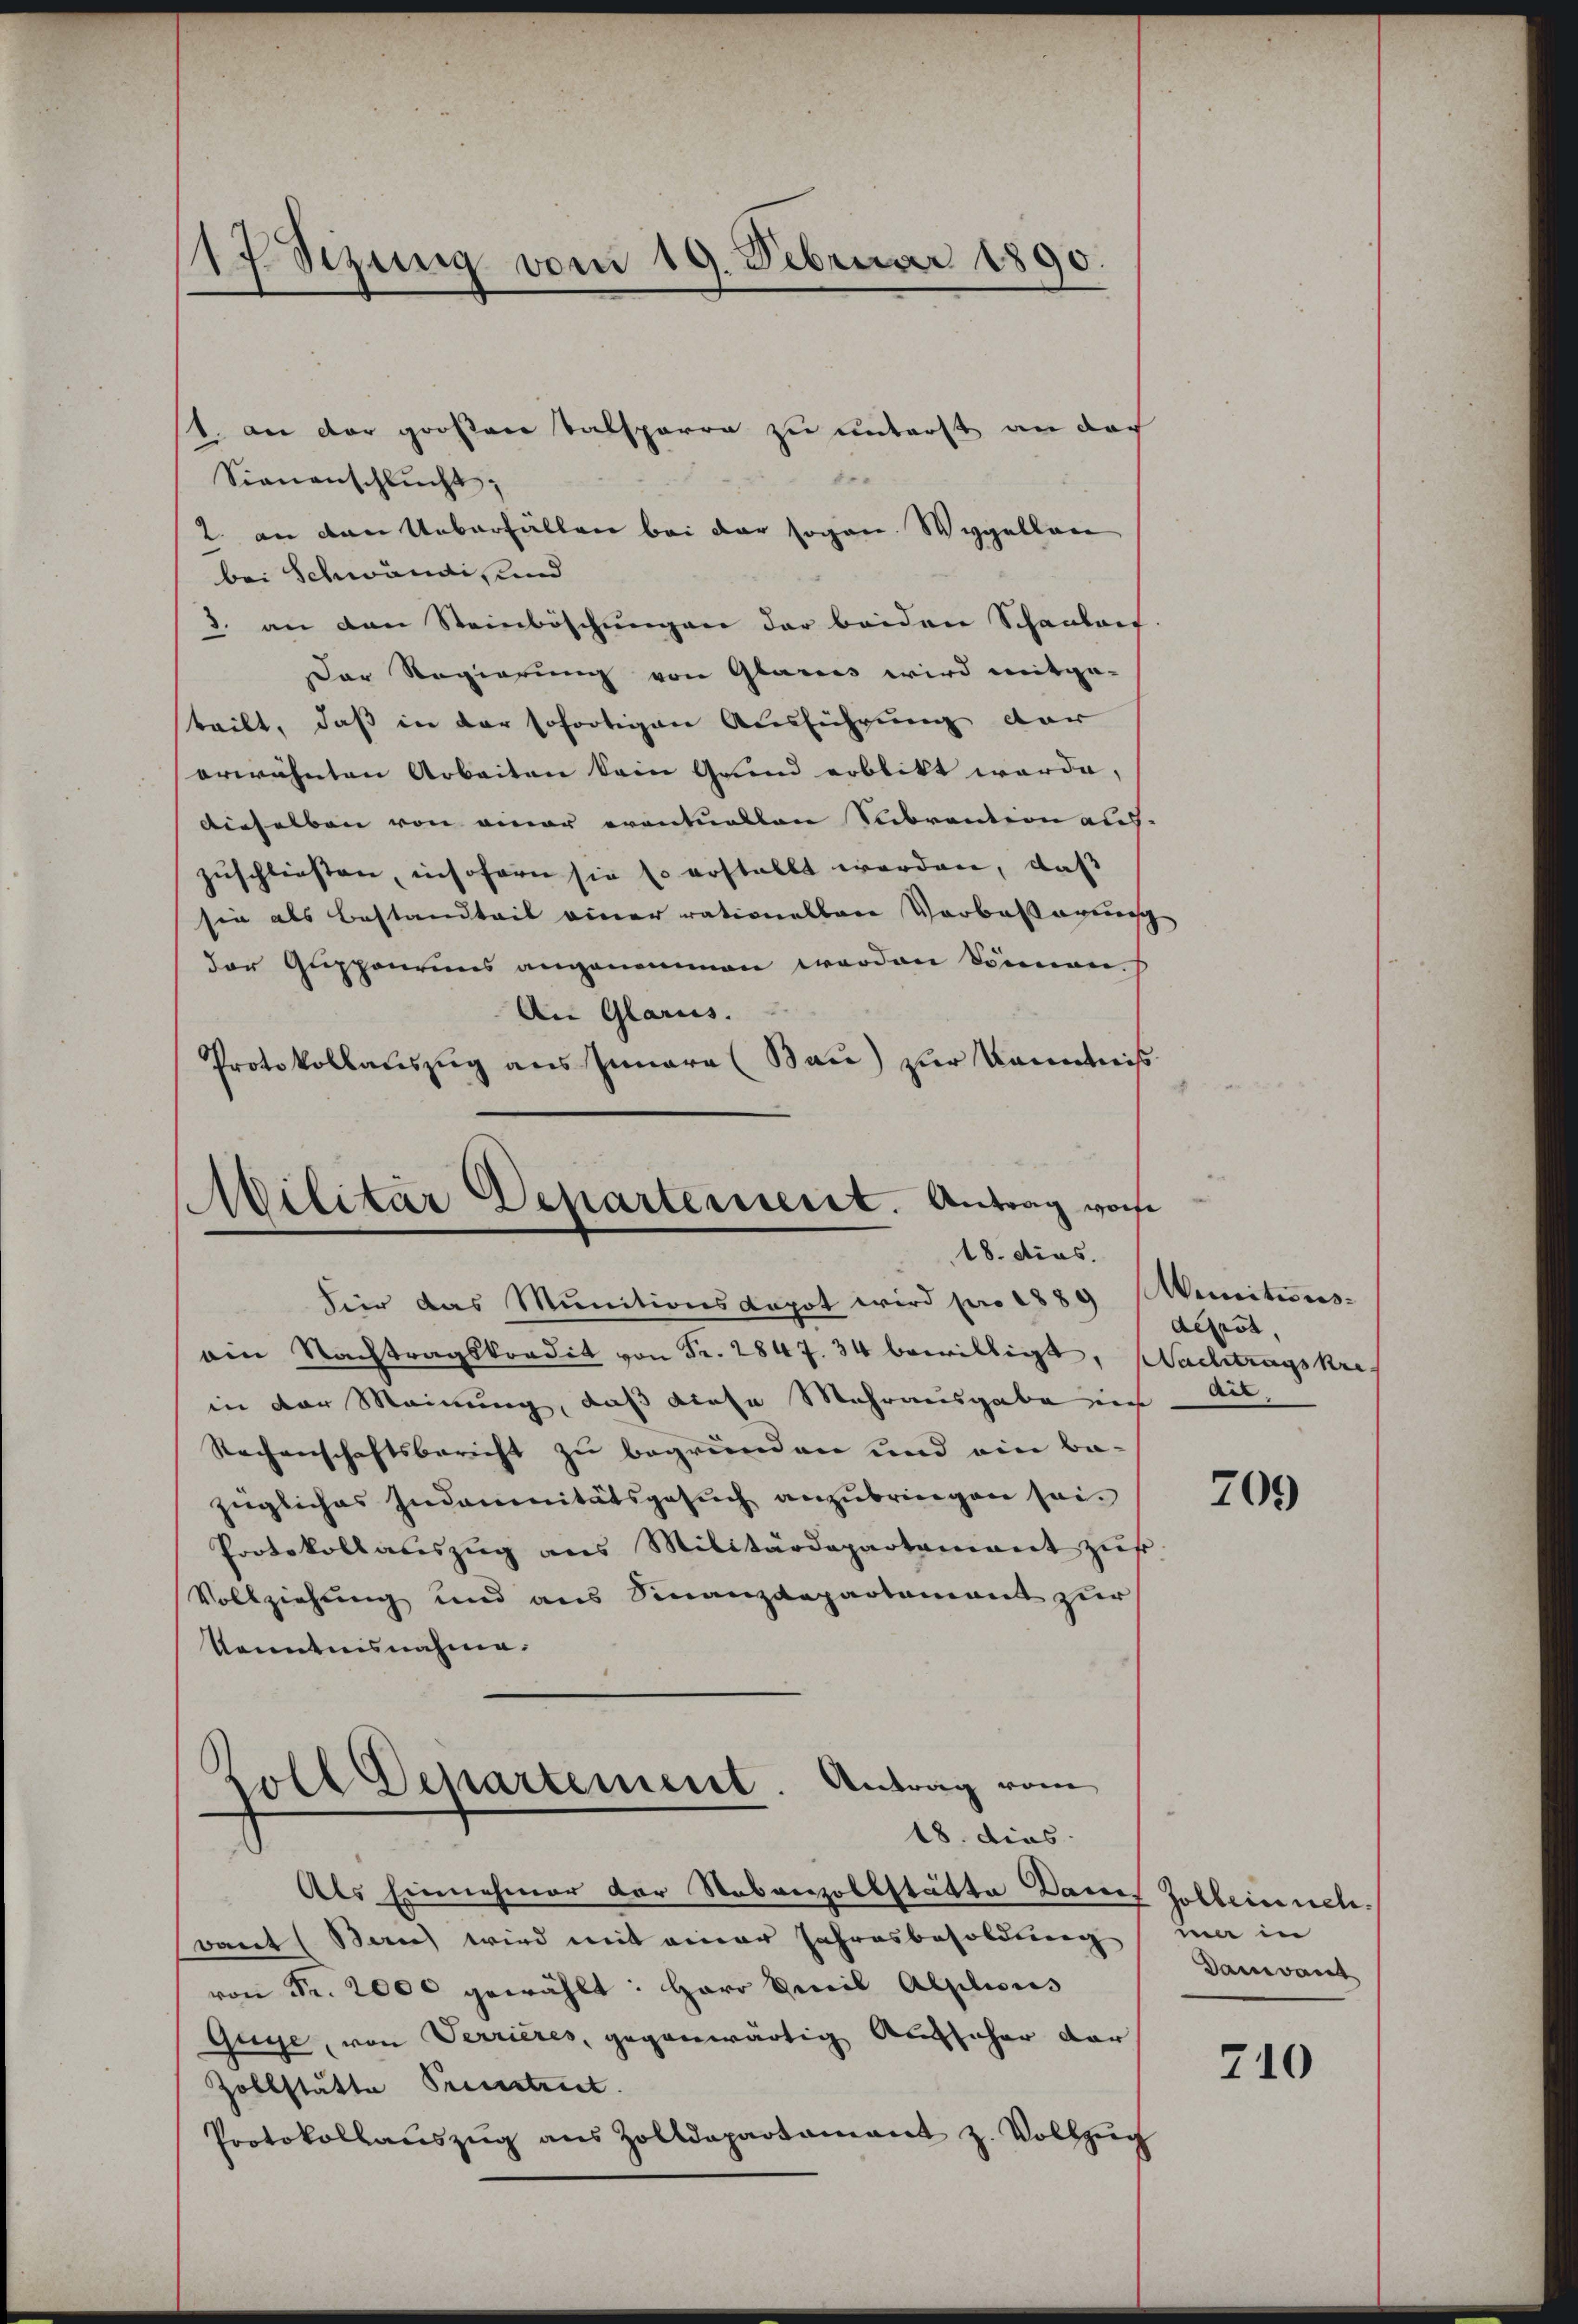
17 Sezung vom 19. Februar 1890.

1. an der großer Talsparre zu unterst an der
Sienanschlŭcht;
2. an den Ueberfällen bei der sogan. Wygellan
bei Schwändis und
3. an den Steinböschungen der beiden Schaulas
Der Regierung von Glarus wird mitge-
teilt, daß in der sofortigen Ausführung der
erwähnten Arbeiten kein Grund erblikt werde,
dieselben von einer eventuellen Subvention auf-
zuschließen, insofern sie so erstellt werden, daß
sie als Bestandteil einer rationalbare Vorbassagensch
der Glippenruns angenommen werden können.
An Glarus.
Protokollauszug aus Innara (Bau) zur Kenntniß
Militar Departeniert. Antrag woche
18. dies.
fier das Munitionsdepot wird pro 1889 Munitins-
ain Nachtragskordit von Fr. 2847. 34 bewilligt, Nachtragskre
in der Meinung, daß diese Mehrausgabe ist.
Rechenschaftsbericht zu begründen und ein Ba-
zügliches Indemnitätsgesuch anzubringen sei.
Protokoll aŭszŭg ans Militärdepartamant zŭr
Vollziehung und aus Sinanzdepartement zur
Kenntnisnahme.

soll Departement. Antrag vom
18. dies

Als Einnehmer der Stabverzollstätte Danes Zolleinnehwant (Bern wird mit einer Jahresbesoldung
von Fr. 2000 gewählt: Herr Emil Alplions
Guye, von Verrieres, gegenwärtig Aufsicher dar
Zollstätte Priestreit
Protokollaŭszŭg ans Zolldepartamant z. Vollzŭg

deprot,

709

me in
Dandant

710